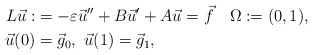
\begin{align*}L\vec{u}:&= -\varepsilon\vec{u}''+B\vec{u}' + A\vec{u}= \vec{f}\quad\Omega:=(0,1),\\\vec{u}(0) &=\vec{g}_0,\ \vec{u}(1) =\vec{g}_1,\end{align*}